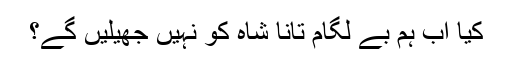
کیا اب ہم بے لگام تانا شاہ کو نہیں جھیلیں گے؟